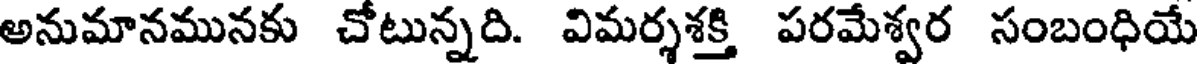
అనుమానమునకు చోటున్నది. విమర్శశక్తి పరమేశ్వర సంబంధియే